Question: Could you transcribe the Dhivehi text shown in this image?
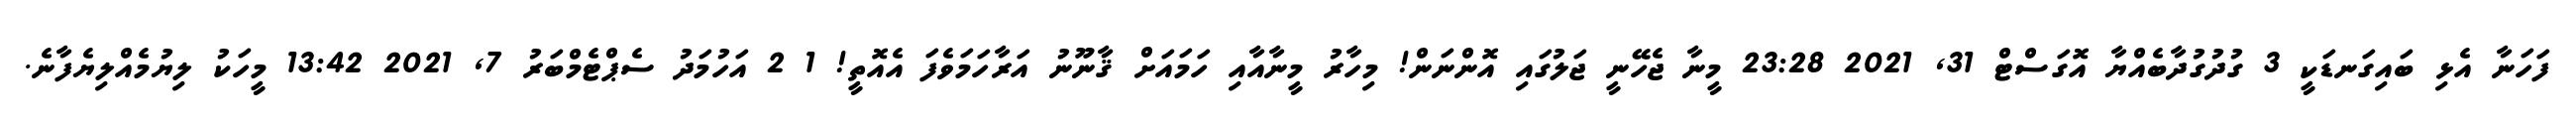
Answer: ފަހަނާ އެޅި ބައިގަނޑަކީ 3 ގުދުގުދާބެއްޔާ އޮގަސްޓް 31, 2021 23:28 މީނާ ޖެހޭނީ ޖަލުގައި އޮންނަން! މިހާރު މީނާއާއި ހަމައަށް ޤާނޫނު އަރާހަމަވެފަ އެއޮތީ! 1 2 އަހުމަދު ސެޕްޓެމްބަރު 7, 2021 13:42 މީހަކު ލިޔުމެއްލިޔެފާނެ.